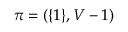
\pi = ( \{ 1 \} , V - 1 )